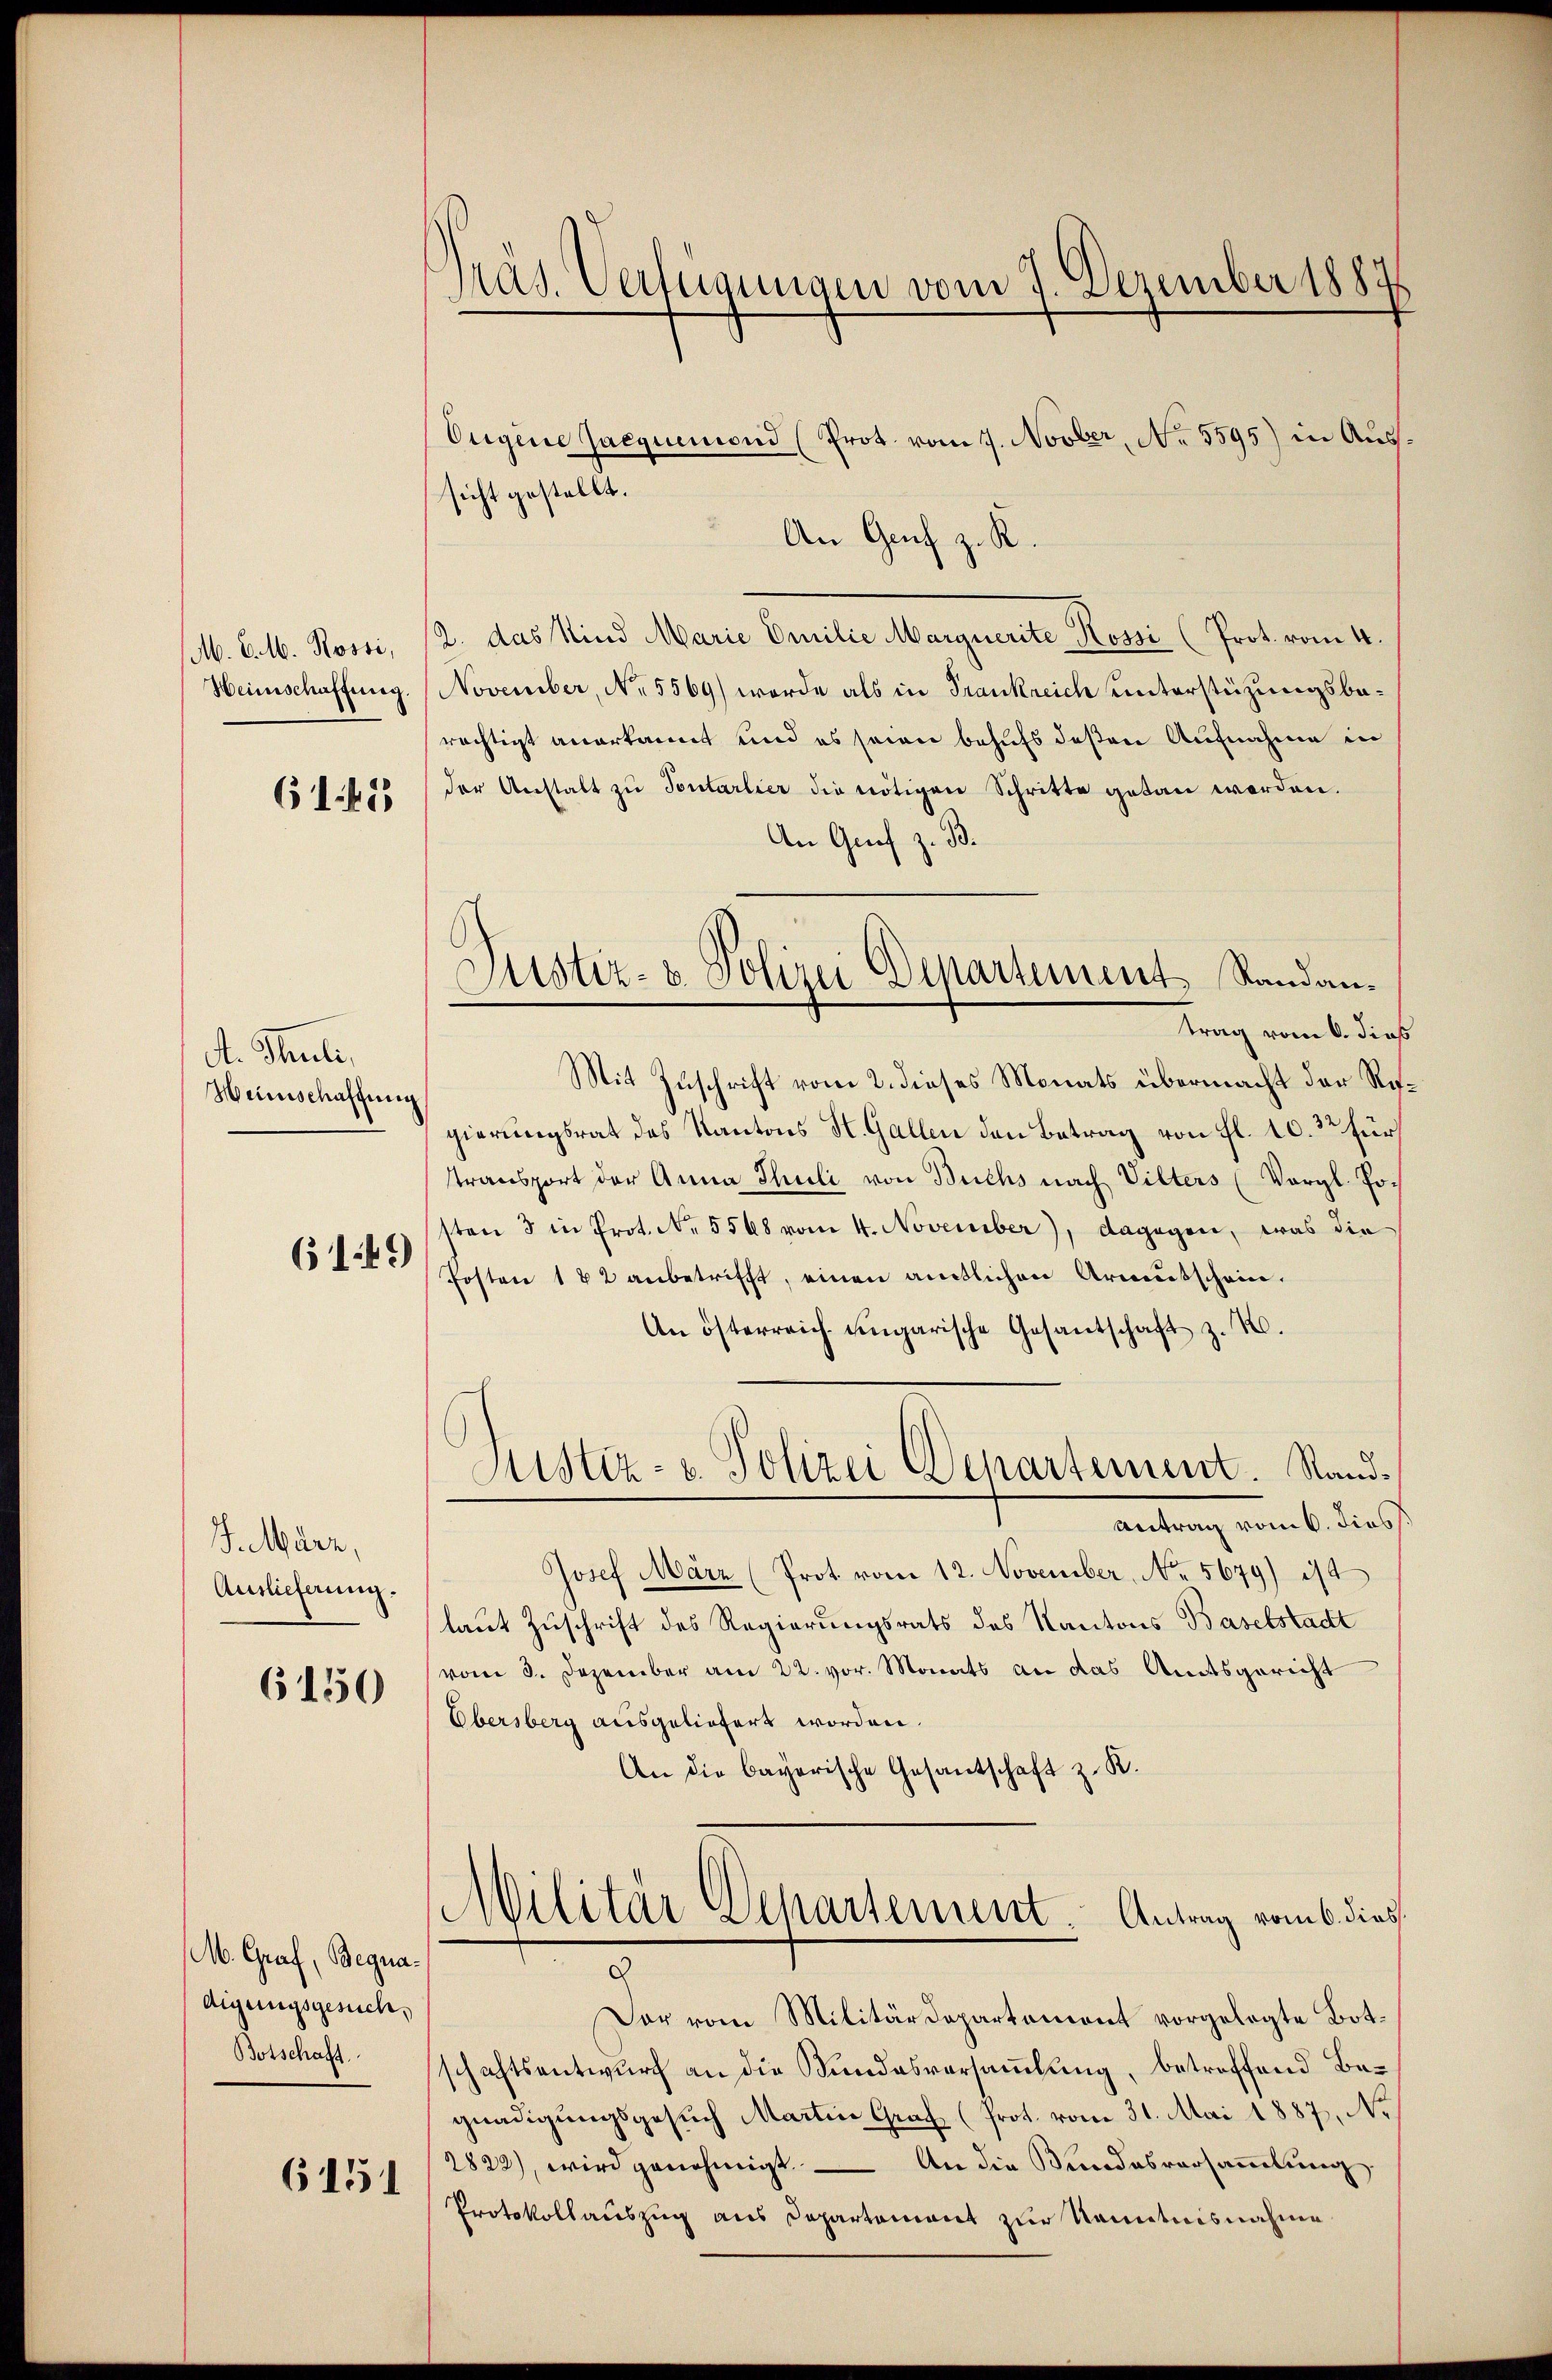
M. C. M. Rossi,
Heimschaffung.

61453

A. Thuli,
Heinschaffung

6149)

J.März,
Auslieferung.

6150

M. Graf, Begnadigungsgesuch,
Botschaft.

6151

Präs. Verfügungen vom 7. Dezember 1887

Ougene Jaequemond (Prot. vom 7. Novber, No 5595) in Aussicht gestellt.
An Genf z. R.
2. das Kind Marie Camilie Marquerite Ressi (Prot. vom 4.
November, No 5569) worde als in Frankreich unterstüzungsberächtigt anerkannt und es seien behufs deßen Aufnahme in
der Anstalt zu Pontarlier die nötigen Schritte getan werden.
An Graf z. B.
trag vom 6. dies
Mit Zuschrift vom 2. dieses Monats übermacht der Regierungsrat des Kantons St. Gallen den Betrag von fl. 10. 32 für
transport der Anna Thuli von Buchs nach Vilters (Vergl. Posten 3 in Prot. No. 5568 vom 4. November), dagegen, was die
Posten 182 anbetrifft, einen amtlichen Armŭtschein.
An österreich ungarische Gesantschaft z. B.
Justiz- u. Polizei Departement. Stand¬
Antrag vom 6. dies
Josef März (Prot vom 12. November, No. 5679) ist
laut Zuschrift des Regierungsrats des Kantons Baselstadt
vom 3. Dezember am 22. vor. Monats an das Amtsgericht
Obersberg ausgeliefert worden.
An die bayerische Gesantschaft z. R.
Militär Departement. Antrag vom 6. dies.
9
Dar vom Militärdepartement vorgelegte Botschaftsentwurf an die Kundesversammlung, betreffend Begnadigungsgesuch Martin Graf (Prot. vom 31. Mai 1887, No.
2822), wird genehmigt. — An die Bundesversammlung
Protokollauszug aus Departement zur Kenntnisnahme

Justiz- & Polizei Departement Randan¬